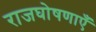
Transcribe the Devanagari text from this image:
राजघोषणाएँ